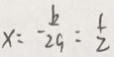
x = - \frac { b } { 2 a } = \frac { 1 } { 2 }